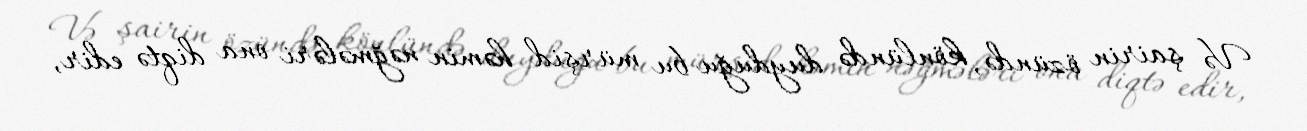
Və şairin özündə, könlündə duyduğu bu mürşid həmin nəğmələri ona diqtə edir,